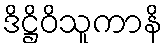
ဒိဋ္ဌိဝိသူကာနိ